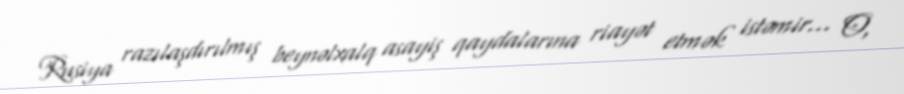
Rusiya razılaşdırılmış beynəlxalq asayiş qaydalarına riayət etmək istəmir... O,